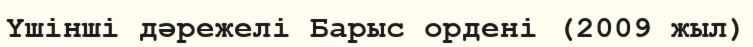
Үшінші дәрежелі Барыс ордені (2009 жыл)